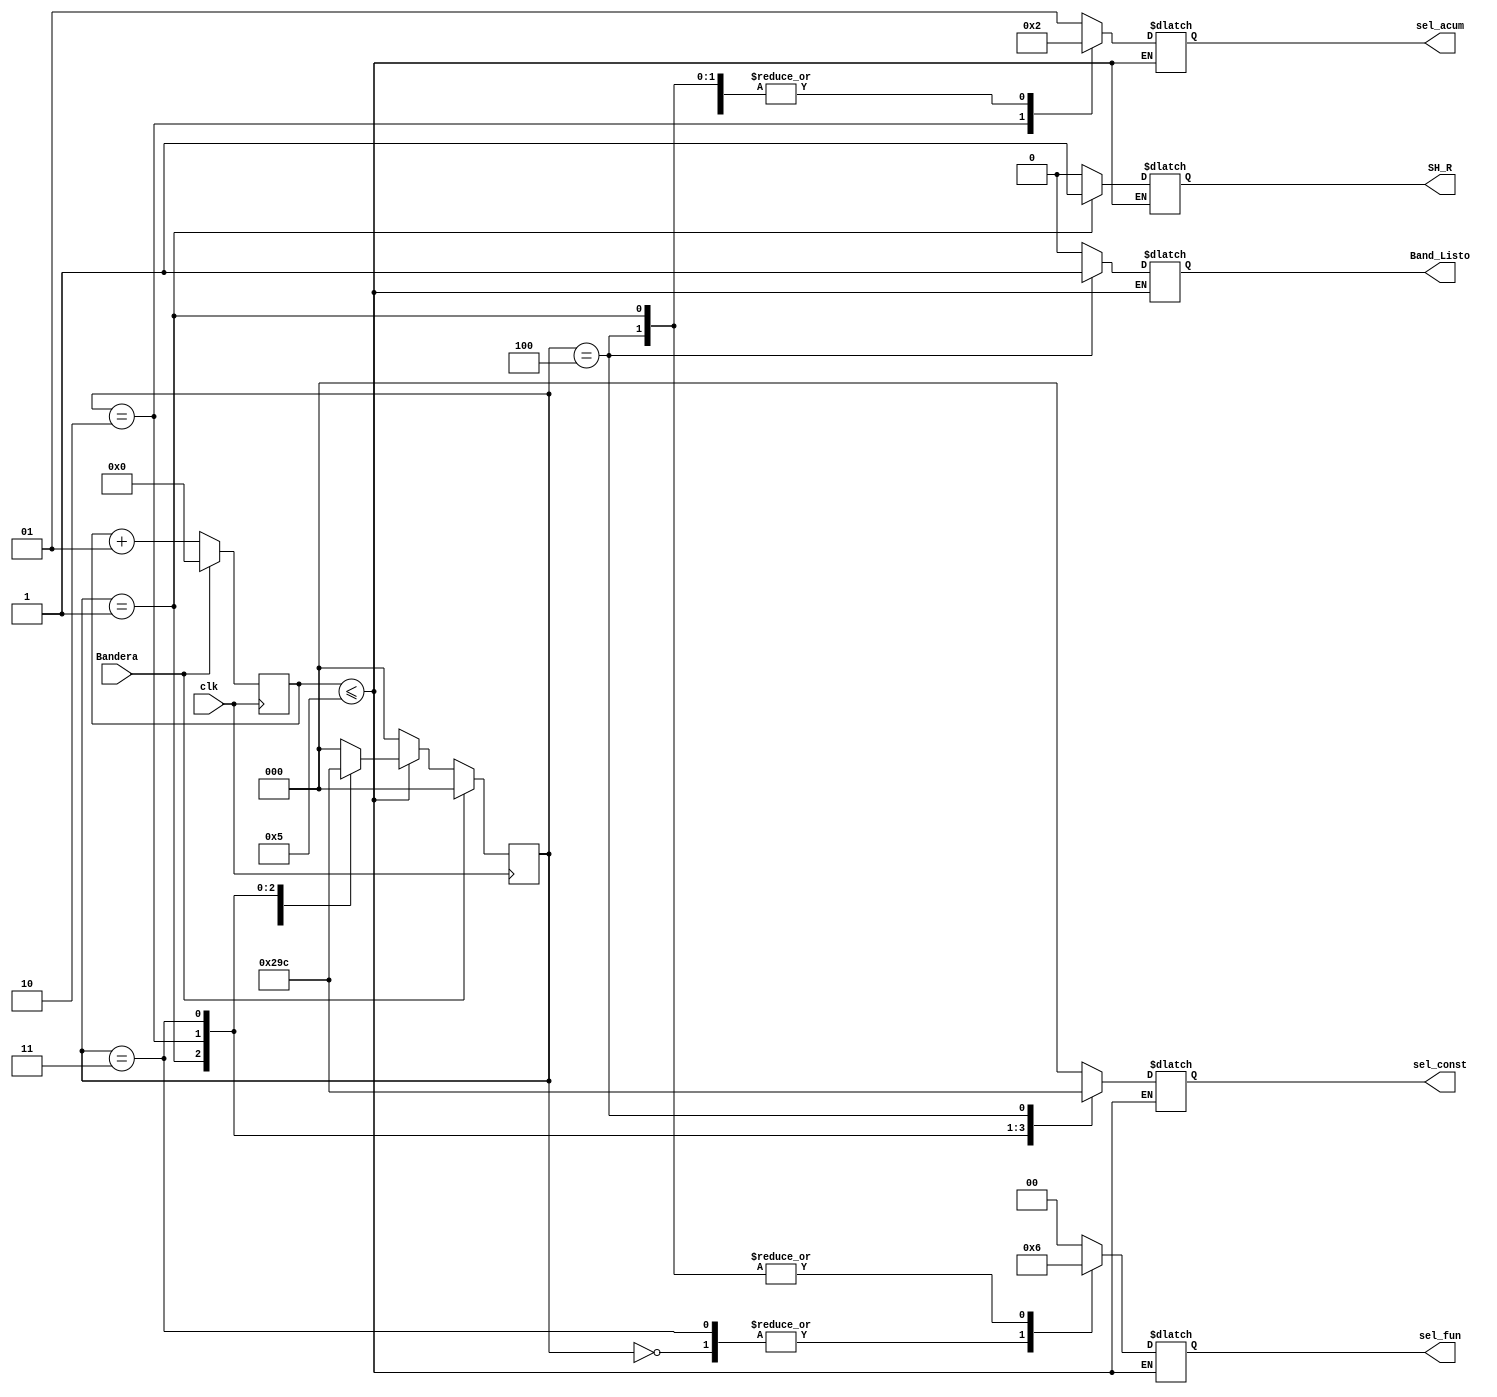
`timescale 1ns / 1ps
//////////////////////////////////////////////////////////////////////////////////
// Company: 
// Engineer: 
// 
// Design Name: 
// Module Name:    Control_filtro 
// Project Name: 
// Target Devices: 
// Tool versions: 
// Description: 
//
// Dependencies: 
//
// Revision: 
// Revision 0.01 - File Created
// Additional Comments: 
//
//////////////////////////////////////////////////////////////////////////////////
module Control_filtro(
 input wire Bandera,clk,
 output wire [2:0] sel_const,
 output wire [1:0] sel_fun,sel_acum,
 output wire Band_Listo,SH_R
 );

//Varaibles
	reg [2:0] sel_c,est_sig,est_act;
	reg [1:0] sel_f,sel_a;
	reg Listo,shift;
	integer contador;
	initial
		begin
			sel_c=0;
			sel_f=0;
			sel_a=0;
			Listo=0;
		end

	//Parte Secuencial 

always@(posedge clk)
	begin
	 if(Bandera)
		 begin
			 est_act <= 3'b000;
			 contador=0;
		 end
	 else 
		 begin
			 est_act <= est_sig; 
			 contador=contador+1;
		 end
	end


	//Parte combinacional 

	always@*
		begin
			if (contador <= 5)
				begin
					case(est_act)
						3'b000:
							begin
								 sel_c = 0;
								 sel_f = 2'b01;
								 sel_a = 2'b01;
								 est_sig = 3'b001;
								 Listo = 0;
								 shift = 0;
							end
	 
						3'b001:
							begin 
								 sel_c = 3'b001;
								 sel_f = 2'b10;
								 sel_a = 2'b10;
								 est_sig = 3'b010;
								 Listo = 0;
								 shift = 1;
							end
	 
						3'b010:
							begin
								 sel_c = 3'b010;
								 sel_f = 2'b00;
								 sel_a = 2'b00;
								 est_sig = 3'b011;
								 Listo = 0;
								 shift = 0;
							end
	 
						3'b011:
							begin
								 sel_c = 3'b011;
								 sel_f = 2'b01;
								 sel_a = 2'b10;
								 est_sig = 3'b100;
								 Listo = 0;
								 shift = 0;
							end
			
						3'b100:
							begin
								 sel_c = 3'b100;
								 sel_f = 2'b10;
								 sel_a = 2'b10;
								 est_sig = 3'b000;
								 Listo = 1;
								 shift = 0;
							end
	 
						/*3'b101:
							begin
								sel_c = 3'b101;
								sel_f = 2'b10;
								sel_a =2'b10;
								est_sig = 3'b000;
								Listo = 1;
								shift = 0;
							end*/
						default:
							begin
							 sel_c = 0;
							 sel_f = 0;
							 sel_a = 2'b01;
							 est_sig = 3'b000;
							 Listo = 0;
							 shift = 0;
							end
					endcase 
				end
			else 
				begin
					est_sig = 3'b000;
				end
		end

	assign sel_const = sel_c;
	assign sel_fun = sel_f;
	assign sel_acum = sel_a;
	assign Band_Listo = Listo;
	assign SH_R=shift;
	endmodule